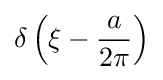
\delta \left(\xi -{\frac {a}{2\pi }}\right)